Trukikaitis_Postimees, lk 98
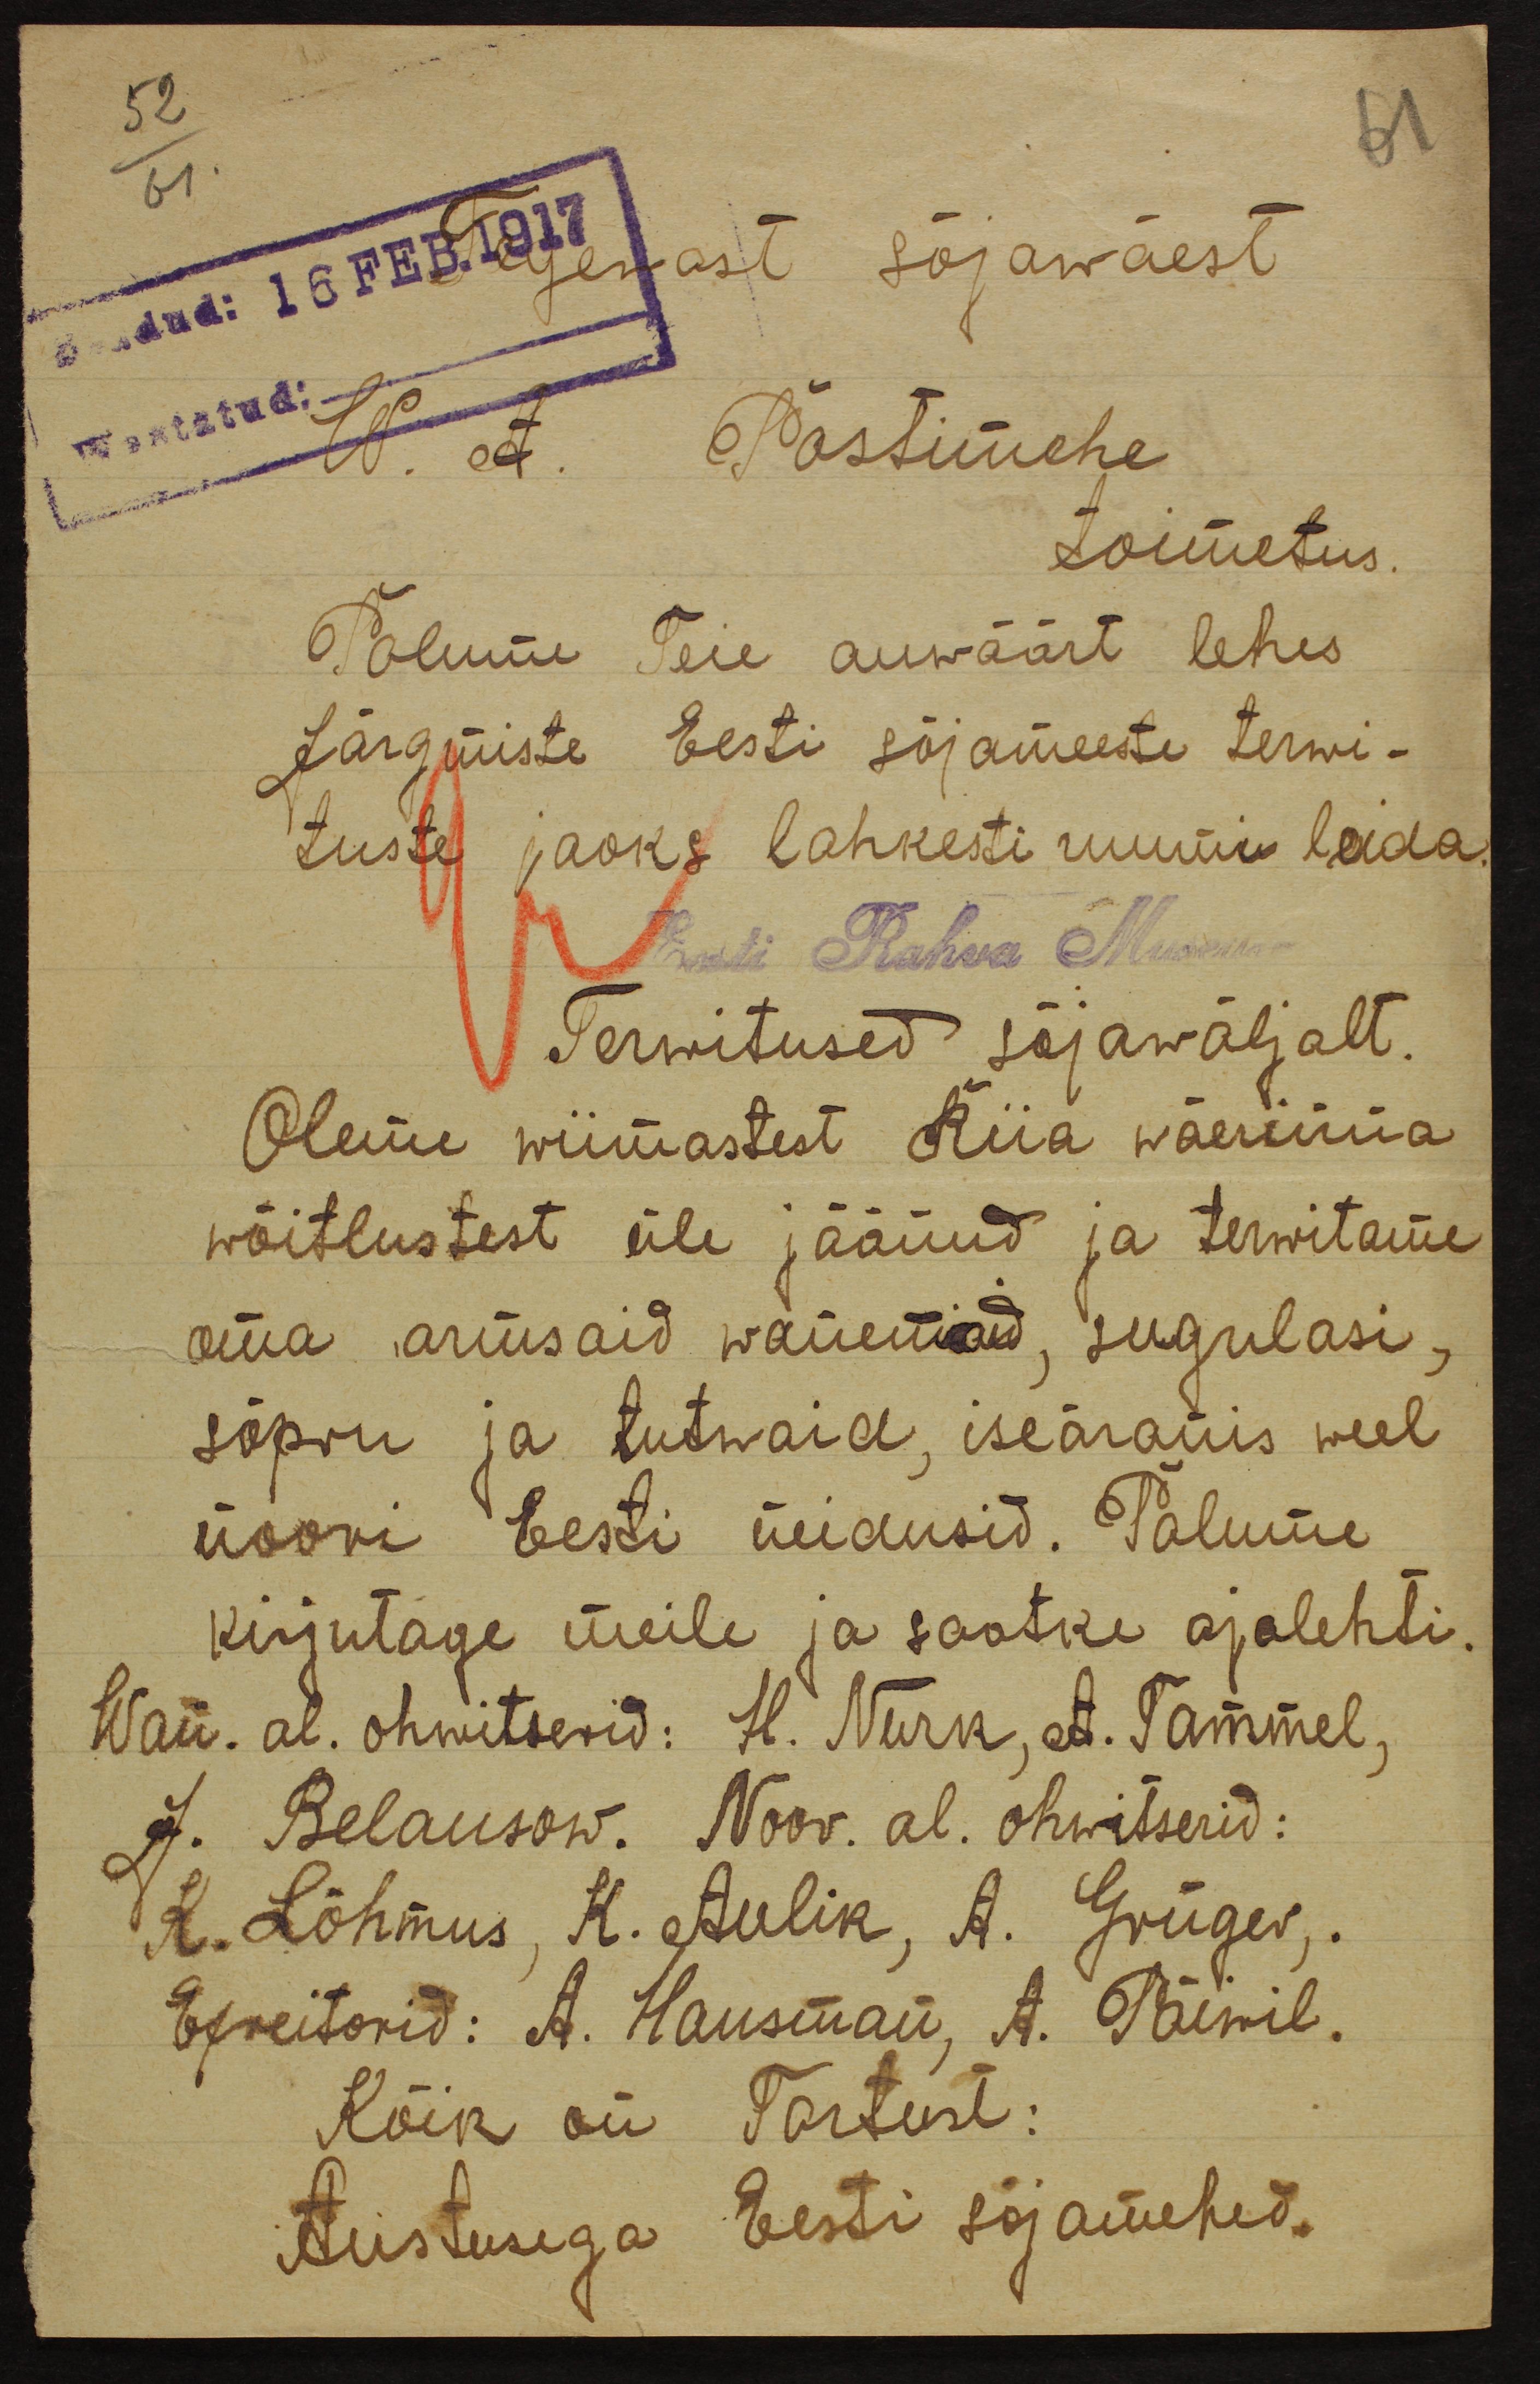
saadud: 16 FEB. 1917
gewast sõjawäest
wastatud:
W. A. Postimehe
toimetus.
Palume Teie auwäärt lehes
Järgmiste Eesti sõjameeste terwi-
tuste jaoks lahkesti ruumi leida
Eesti Rahva Mus
Terwitused sõjawäljalt.
Oleme wiimastest Riia wäerinna
wõitlustest üle jäänud ja terwitame
oma armsaid wanemad, sugulasi,
sõpru ja tutwaid, iseäranis weel
noori Eesti neidusid. Palume
kirjutage meile ja saatke ajalehti.
Wan. al. ohwitserid: H. Nurk, A. Tammel,
J. Belausow. Noor. al. ohwitserid:
K. Lõhmus, K. Aulik, A. Grüger,
Efreitorid: A. Hausman, A. Päimil.
Kõik on Tartust:
Austusega Eesti sõjamehed.